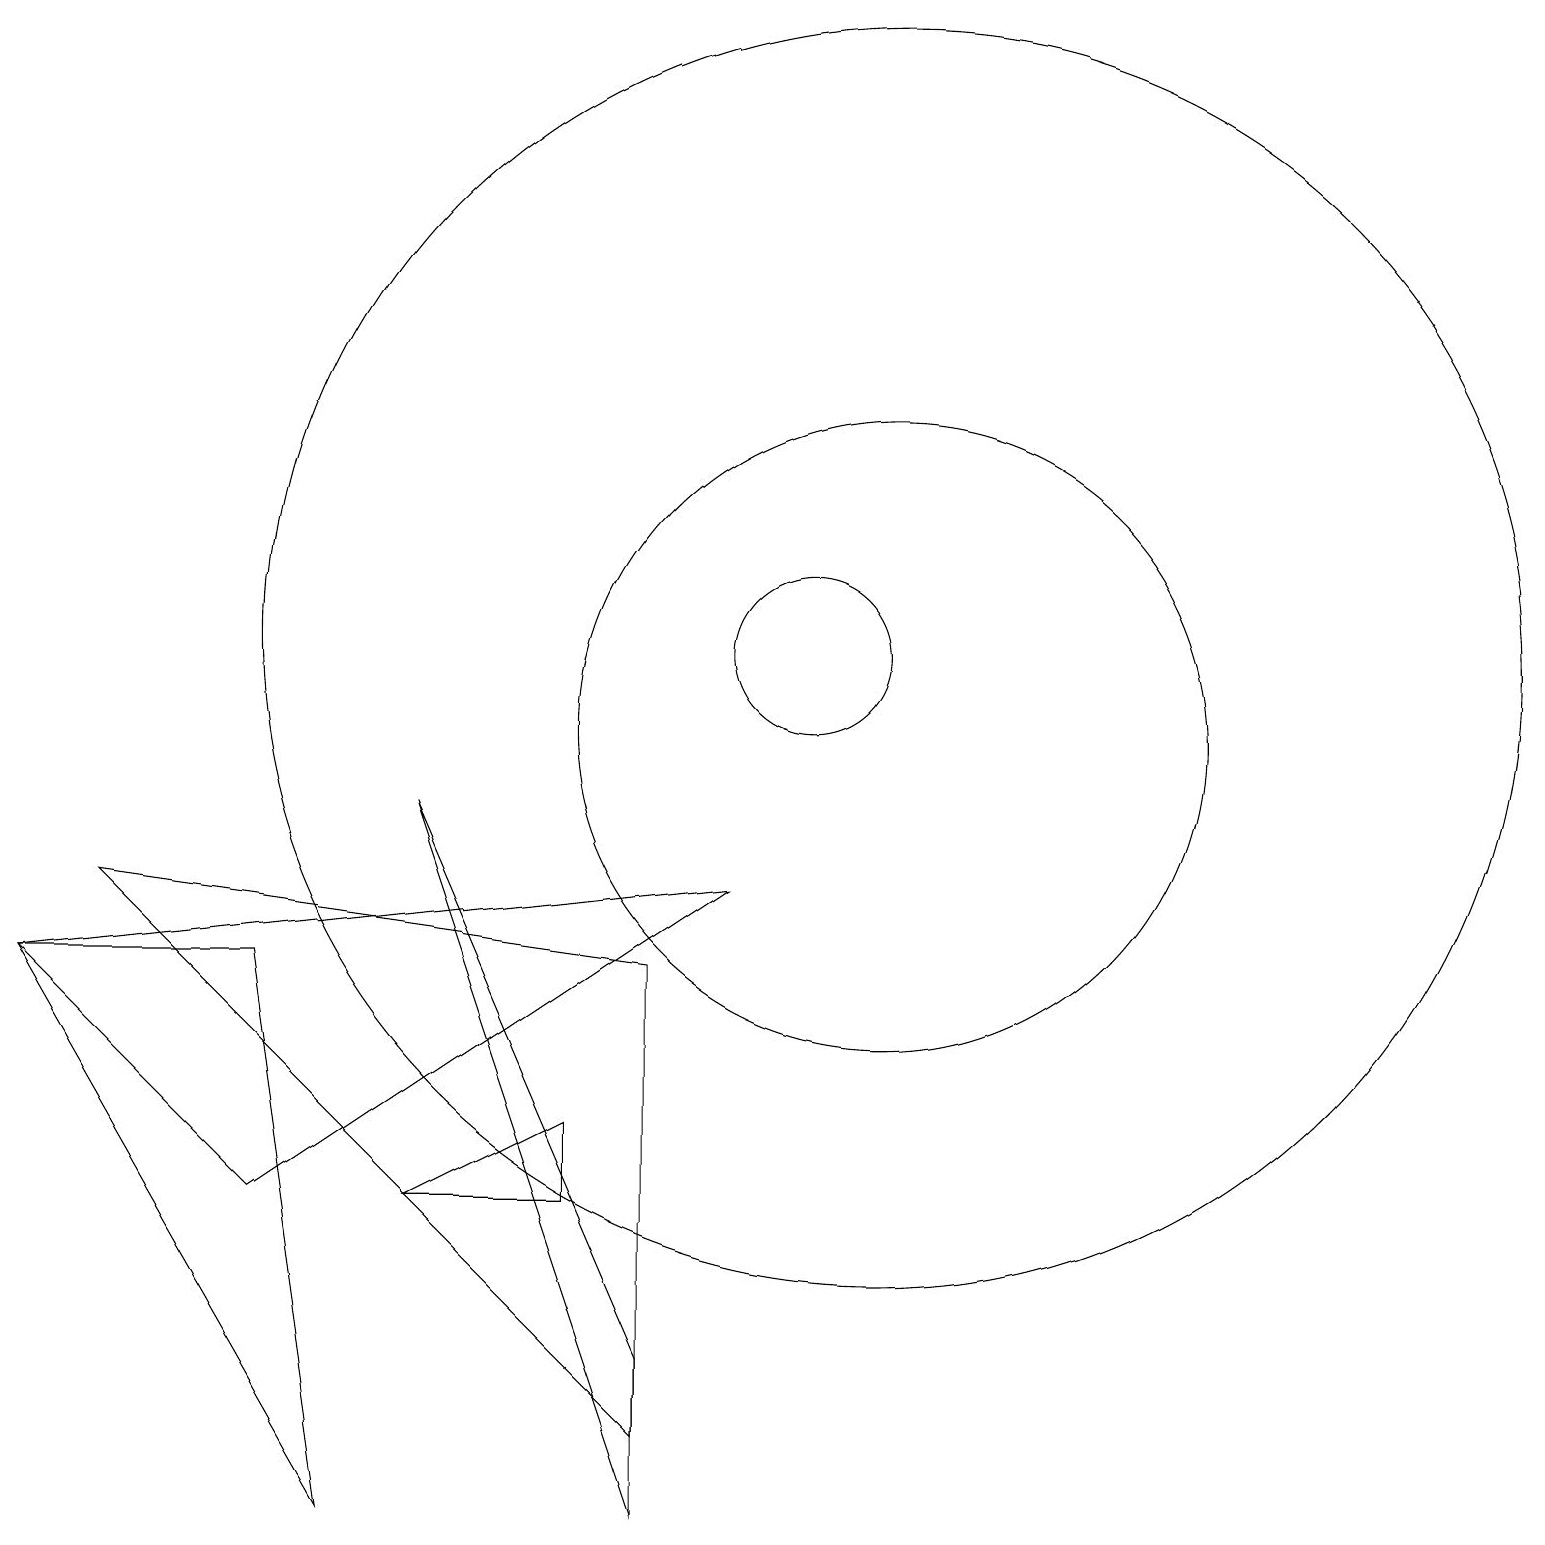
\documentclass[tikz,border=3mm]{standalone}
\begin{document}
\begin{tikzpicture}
\draw (0,7) -- (3,4) -- (9,8) -- cycle;
\draw (11,10) circle (4);
\draw (8,1) -- (1,8) -- (8,7) -- cycle;
\draw (11,11) circle (8);
\draw (3,7) -- (4,0) -- (0,7) -- cycle;
\draw (10,11) circle (1);
\draw (7,4) -- (7,5) -- (5,4) -- cycle;
\draw (8,2) -- (5,9) -- (8,0) -- cycle;
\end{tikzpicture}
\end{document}